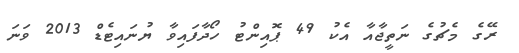
ރޭގެ މެޗުގެ ނަތީޖާއާ އެކު 49 ޕޮއިންޓު ހޯދާފައިވާ ޔުނައިޓެޑް 2013 ވަނަ